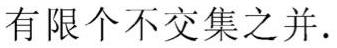
有限个不交集之并.